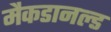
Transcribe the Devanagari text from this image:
मैकडानल्ड